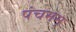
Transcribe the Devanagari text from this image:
पंचमम्